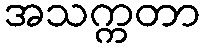
အသက္ကတာ